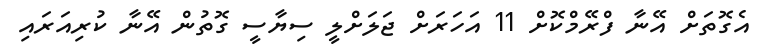
އެގޮތަށް އޭނާ ފްރޭމްކޮށް 11 އަހަރަށް ޖަލަށްލީ ސިޔާސީ ގޮތުން އޭނާ ކުރިއަރައި